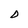
Character: D